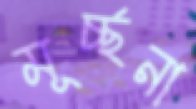
মূর্চ্ছনা